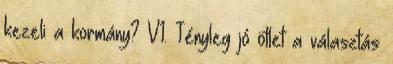
kezeli a kormány? V1. Tényleg jó ötlet a választás